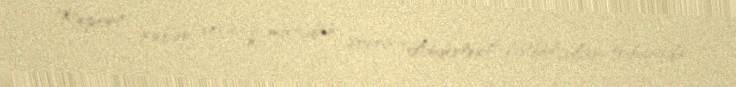
Report" xəbər verir ki, matçdan sonra "Anderlext" futbolçuları tribunada